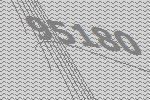
95180